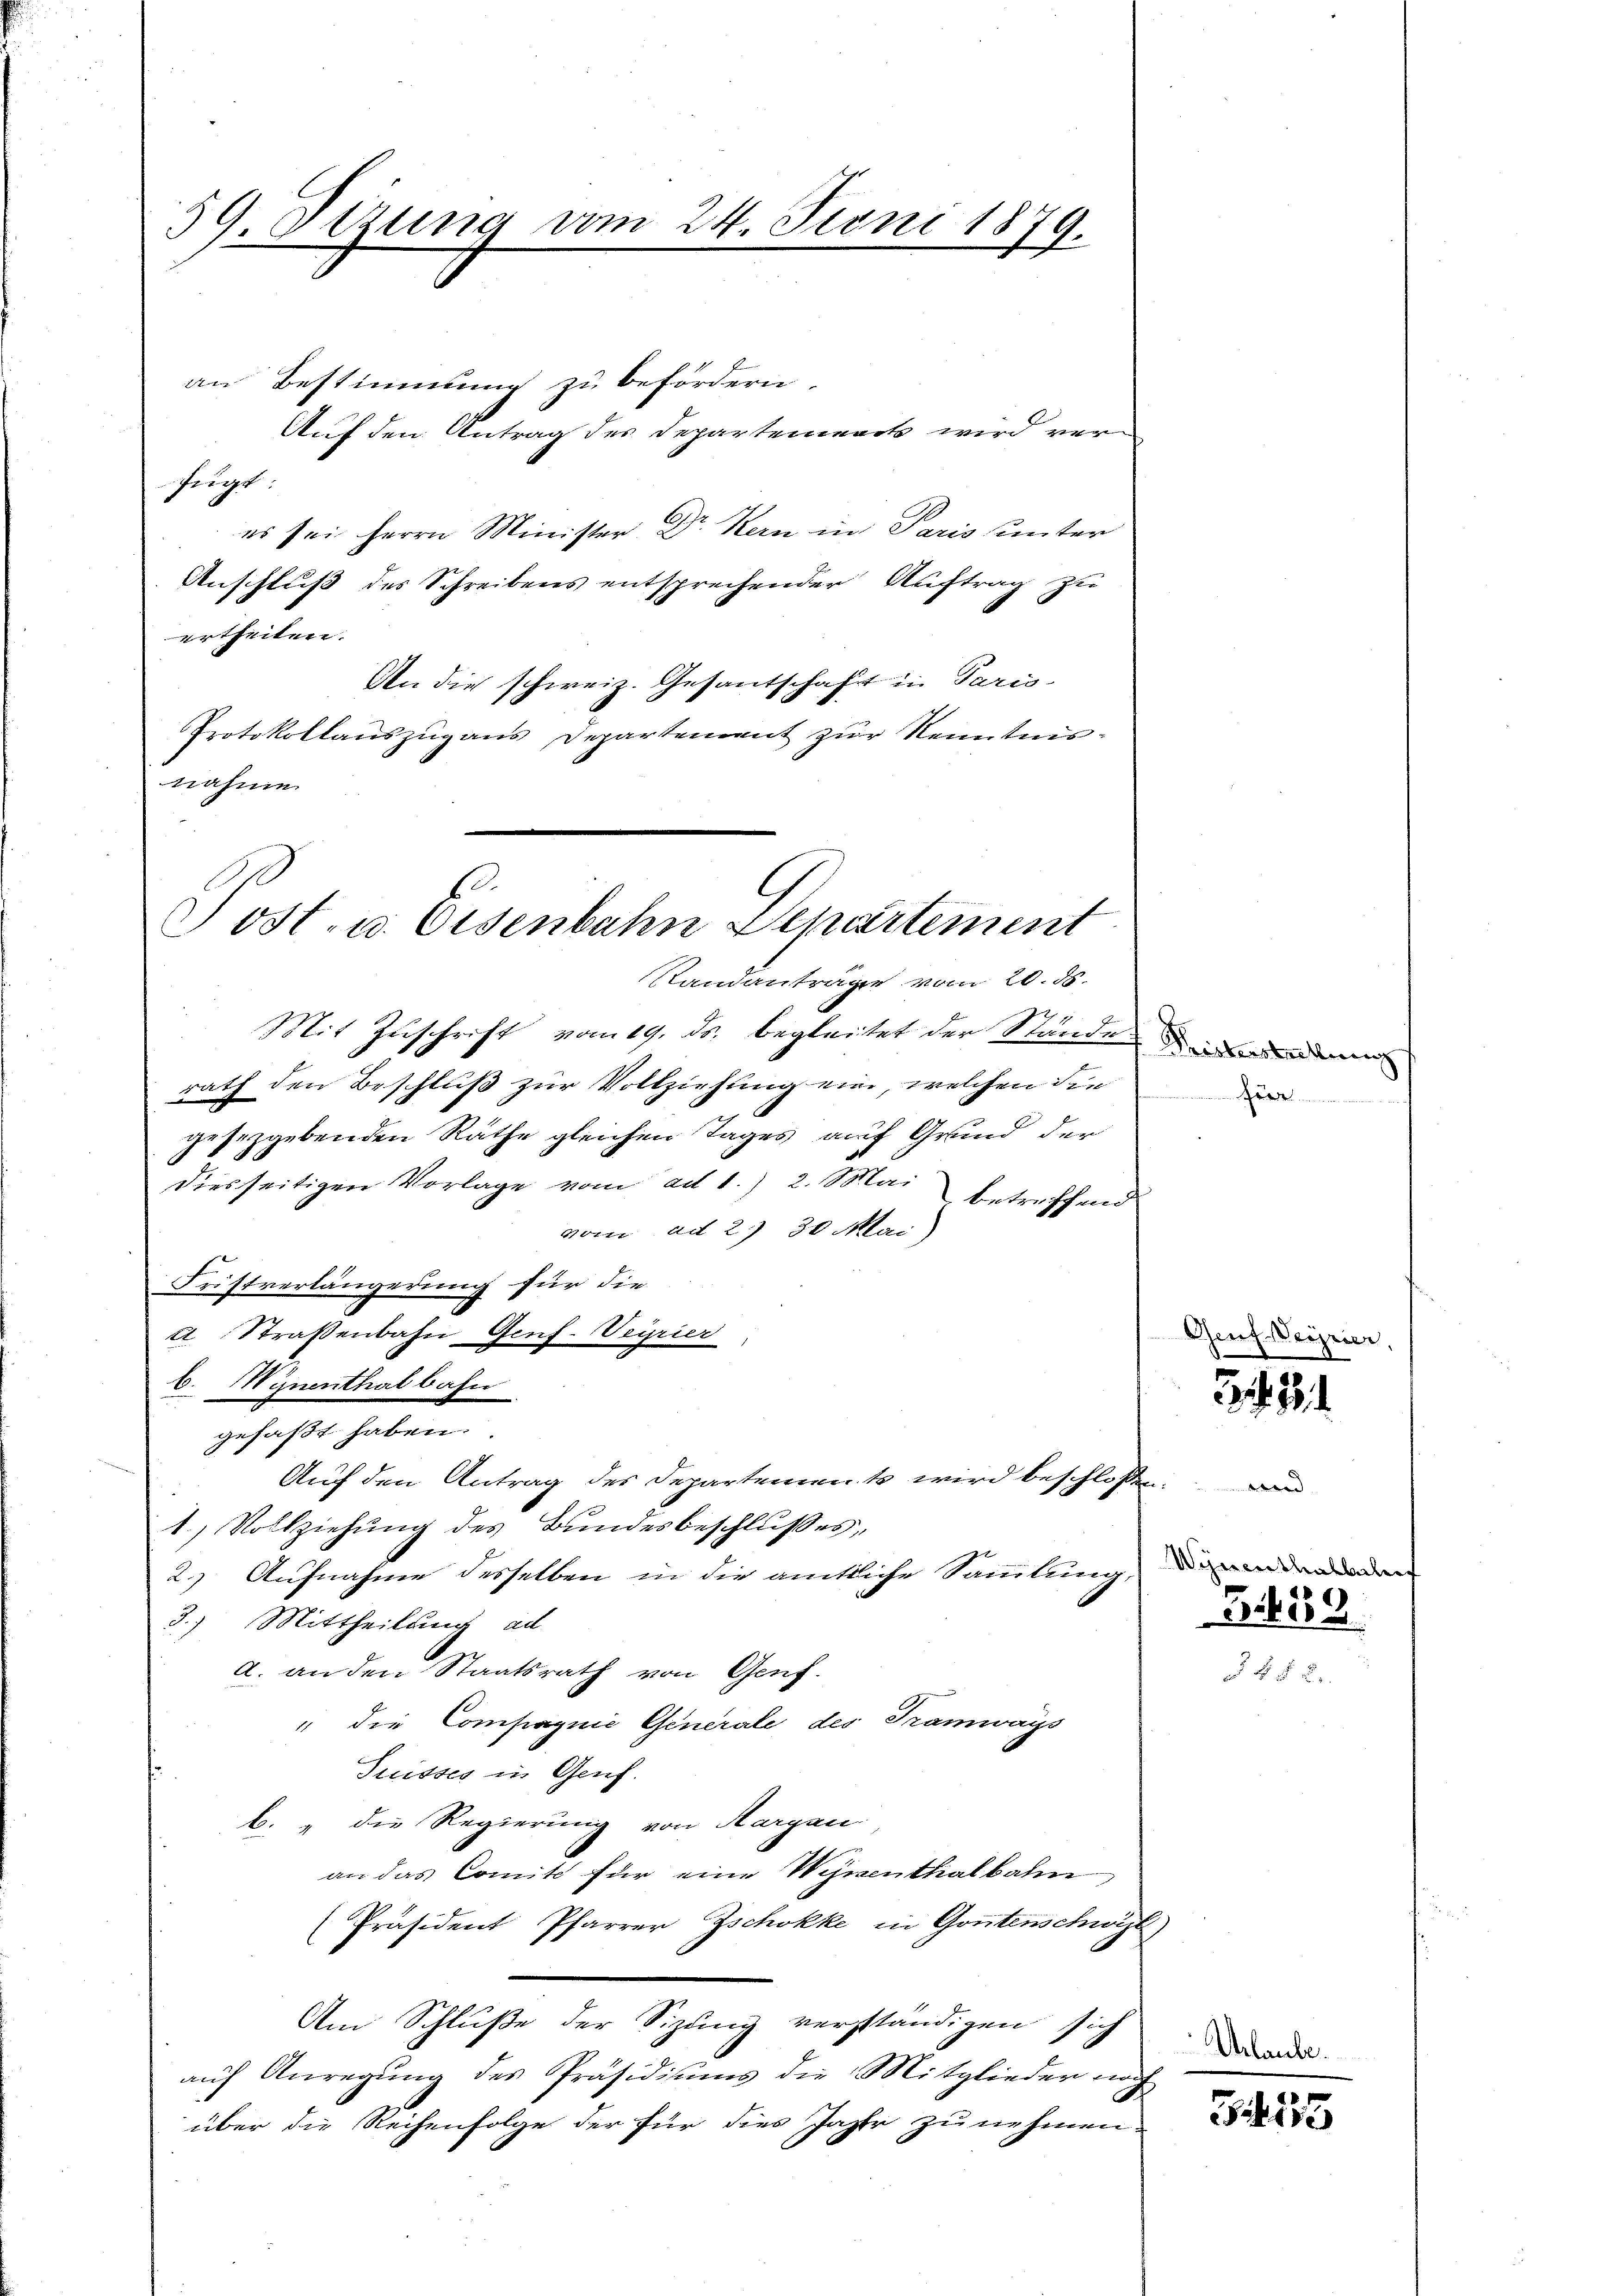
59 Dizung vom 24. Juni 1879.
.
an Bestimmung zu befördern.

Auf den Antrag des Departennack wird verfügt:
es sei Herrn Minister Dr. Kern in Paris unter
Anschluß des Schreibens entsprechender Auftrag zu
ertheilen.
An die schweiz. Gesantschaft in Paris
Protokollauszug aus Departement zur Kenntnisnahme

C
Post- u. Eisenbahn Departement
Standanträge vom 20. 56.

Mit Zuschrift vom 19. ds. begleitet der Ständen werden
rath den Beschluß zur Vollziehung ein, welchen die
gesetzgebenden Räthe gleichen Tages auf Grund der
diesseitigen Vorlage vom ad 1. 2. Mai
betreffend
vom ad 2. 30 Mai)
Dristverlängerung für die
2 Straßenbahn Genf. Veirier
b. Mynenthal bahn
gefaßt haben.
Auf den Antrag des Departement wird beschlossen:
1) Vollziehung des Bundesbeschlußes,
2.) Aufnahme desselben in die amtliche Sammlung,
3.) Mittheilung ad
A. an den Staatsrath von Genf.
" die Compagnie Generale des Tramways
Suisses in Genf.
b. „die Regierung von Margan
an das Comité für eine Weisenthalbahn
Präsident Pfarrer Zschokke in Gontenschwyzl)
Am Schluße der Sizung verständigen sich
aŭf Anregŭng des Präsidiums die Mitglieder noch
über die Reihenfolge der für dies Jahr zu nehmen.

1

Wigerer

ete un

Den

Urla

381.

B 459

e

m
There

Pessier